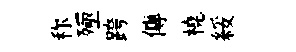
称殛跨傳橈綏